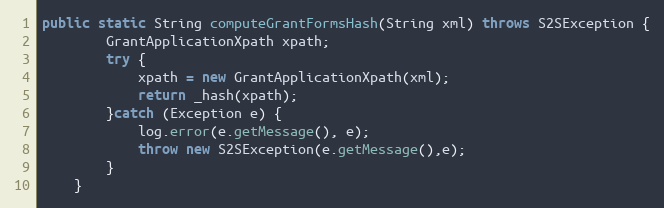
Language: Java
public static String computeGrantFormsHash(String xml) throws S2SException {
		GrantApplicationXpath xpath;
        try {
            xpath = new GrantApplicationXpath(xml);
            return _hash(xpath);
        }catch (Exception e) {
            log.error(e.getMessage(), e);
            throw new S2SException(e.getMessage(),e);
        }
	}